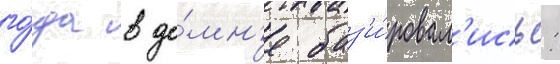
го́да в до́мн'е баз'и́ровал'ись: